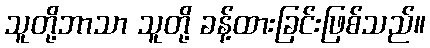
သူတို့ဘာသာ သူတို့ ခန့်ထားခြင်းဖြစ်သည်။